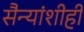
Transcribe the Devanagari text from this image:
सैन्यांशीही